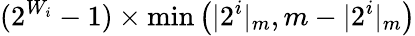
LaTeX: (2^{W_{i}}-1)\times\operatorname*{min}\left(\vert 2^{i}\vert_{m},m-\vert 2^{i}\vert_{m}\right)